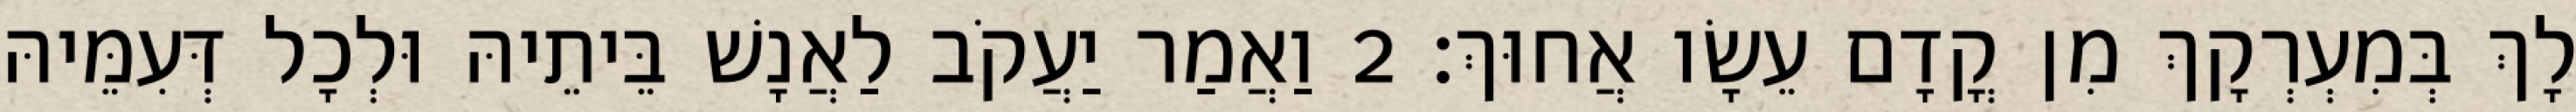
לָךְ בְּמִעְרְקָךְ מִן קֳדָם עֵשָׂו אֲחוּךְ׃ 2 וַאֲמַר יַעֲקֹב לַאֲנָשׁ בֵּיתֵיהּ וּלְכָל דְּעִמֵּיהּ